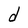
Character: d